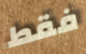
فقط